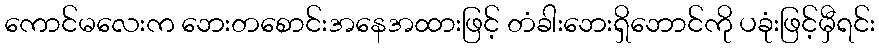
ကောင်မလေးက ဘေးတစောင်းအနေအထားဖြင့် တံခါးဘေးရှိဘောင်ကို ပခုံးဖြင့်မှီရင်း